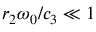
r _ { 2 } \omega _ { 0 } / c _ { 3 } \ll 1